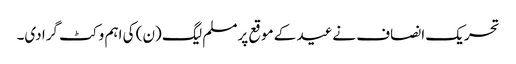
تحریک انصاف نےعید کے موقع پرمسلم لیگ (ن) کی اہم وکٹ گرا دی۔